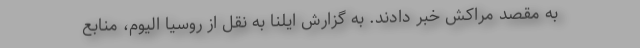
به مقصد مراکش خبر دادند. به گزارش ایلنا به نقل از روسیا الیوم، منابع